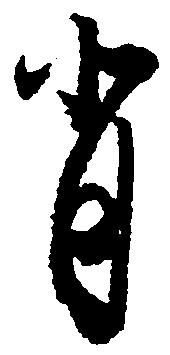
背